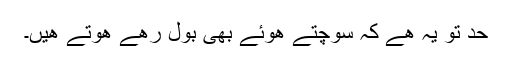
حد تو یہ ھے کہ سوچتے ھوئے بھی بول رھے ھوتے ھیں۔